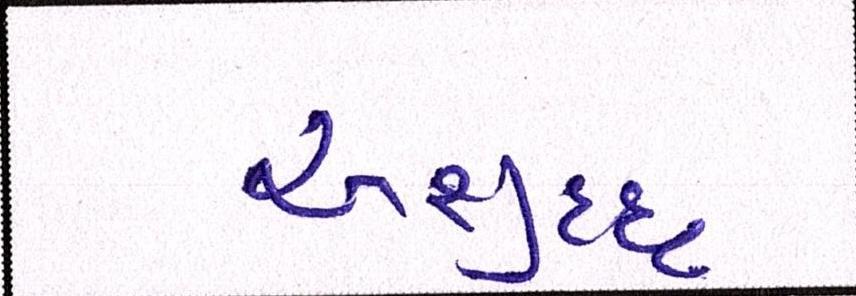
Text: અશુદ્ધ